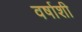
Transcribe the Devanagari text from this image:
वर्षाशी